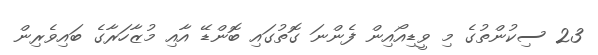
23 ސިކުންތުގެ މި ވީޑިއޯއިން ފެންނަ ގޮތުގައި ބޮންޑޭ އާއި މުޒާހަރާގެ ބައިވެރިން